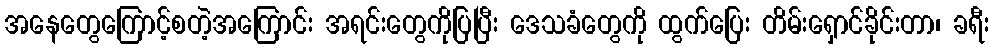
အနေတွေကြောင့်စတဲ့အကြောင်း အရင်းတွေကိုပြပြီး ဒေသခံတွေကို ထွက်ပြေး တိမ်းရှောင်ခိုင်းတာ၊ ခရီး